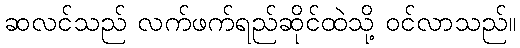
ဆလင်သည် လက်ဖက်ရည်ဆိုင်ထဲသို့ ဝင်လာသည်။